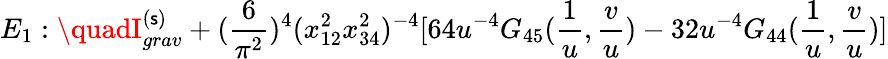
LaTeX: E_{1}:\quadI_{grav}^{(\mathsf{s})}+(\frac{{6}}{{\pi^{2}}})^{4}(x_{12}^{2}x_{34}^{2})^{-4}[64u^{-4}G_{45}(\frac{{1}}{{u}},\frac{{v}}{{u}})-32u^{-4}G_{44}(\frac{{1}}{{u}},\frac{{v}}{{u}})]